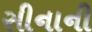
સીનાની